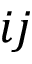
i j